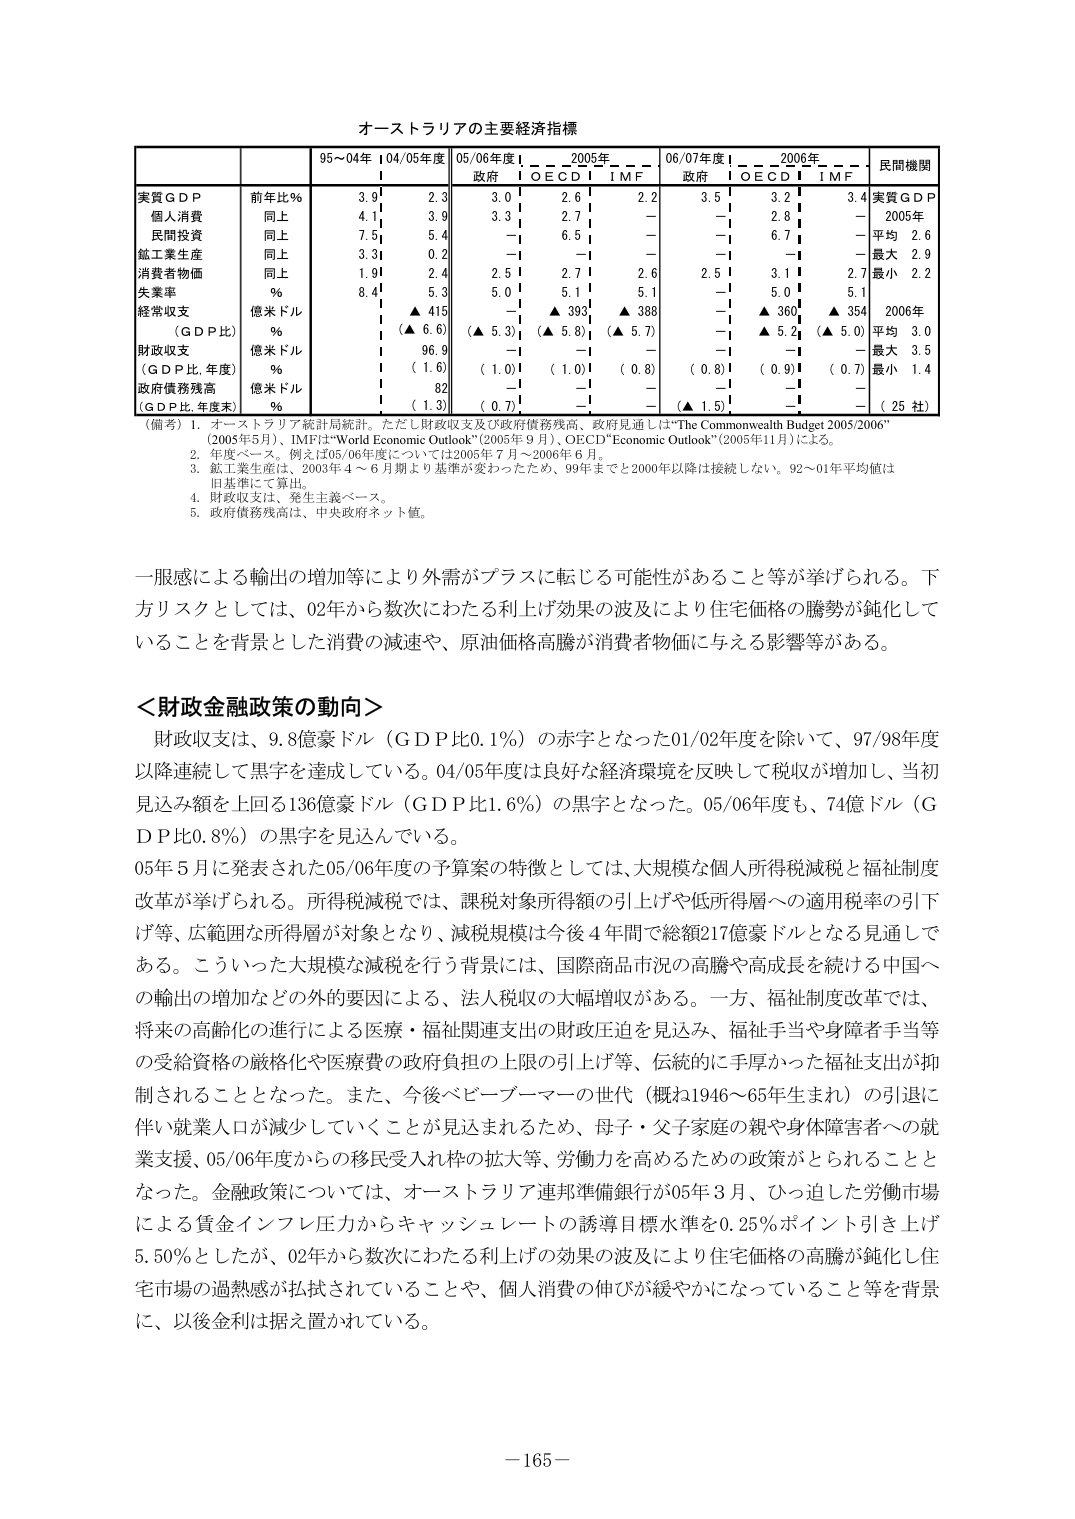
オーストラリアの主要経済指標

| | | 95～04年 | 04/05年度 | 05/06年度 | 2005年 | 06/07年度 | 2006年 | 民間機関 |
|---|---|---|---|---|---|---|---|---|
| | | | | 政府 | OECD | IMF | 政府 | OECD | IMF | |
| 実質GDP | 前年比% | 3.9 | 2.3 | 3.0 | 2.6 | 2.2 | 3.5 | 3.2 | 3.4 | 実質GDP |
| | | | | | | | | | | 2005年 |
| 個人消費 | 同上 | 4.1 | 3.9 | 3.3 | 2.7 | — | — | 2.8 | — | 平均 2.6 |
| 民間投資 | 同上 | 7.5 | 5.4 | — | 6.5 | — | — | 6.7 | — | 最大 2.9 |
| 鉱工業生産 | 同上 | 3.3 | 0.2 | — | — | — | — | — | — | 最小 2.2 |
| 消費者物価 | 同上 | 1.9 | 2.4 | 2.5 | 2.7 | 2.6 | 2.5 | 3.1 | 2.7 | |
| 失業率 | % | 8.4 | 5.3 | 5.0 | 5.1 | 5.1 | — | 5.0 | 5.1 | 2006年 |
| 経常収支 | 億米ドル | | ▲ 415 | — | ▲ 393 | ▲ 388 | — | ▲ 360 | ▲ 354 | 平均 3.0 |
| | (GDP比) | % | (▲ 6.6) | (▲ 5.3) | (▲ 5.8) | (▲ 5.7) | — | ▲ 5.2 | (▲ 5.0) | 最大 3.5 |
| 財政収支 | 億米ドル | | 96.9 | — | — | — | — | — | — | 最小 1.4 |
| | (GDP比, 年度) | % | (1.6) | (1.0) | (1.0) | (0.8) | (0.8) | (0.9) | (0.7) | |
| 政府債務残高 | 億米ドル | | 82 | — | — | — | — | — | — | (25社) |
| | (GDP比, 年度末) | % | (1.3) | (0.7) | — | — | (▲ 1.5) | — | — | |

（備考）1. オーストラリア統計局統計。ただし財政収支及び政府債務残高、政府見通しは“The Commonwealth Budget 2005/2006”（2005年5月）、IMFは“World Economic Outlook”（2005年9月）、OECD“Economic Outlook”（2005年11月）による。
2. 年度ベース。例えば05/06年度については2005年7月～2006年6月。
3. 鉱工業生産は、2003年4～6月期より基準が変わったため、99年までと2000年以降は接続しない。92～01年平均値は旧基準にて算出。
4. 財政収支は、発生主義ベース。
5. 政府債務残高は、中央政府ネット値。

一服感による輸出の増加等により外需がプラスに転じる可能性があること等が挙げられる。下方リスクとしては、02年から数次にわたる利上げ効果の波及により住宅価格の騰勢が鈍化していることを背景とした消費の減速や、原油価格高騰が消費者物価に与える影響等がある。

＜財政金融政策の動向＞
財政収支は、9.8億豪ドル（GDP比0.1%）の赤字となった01/02年度を除いて、97/98年度以降連続して黒字を達成している。04/05年度は良好な経済環境を反映して税収が増加し、当初見込み額を上回る136億豪ドル（GDP比1.6%）の黒字となった。05/06年度も、74億ドル（GDP比0.8%）の黒字を見込んでいる。

05年5月に発表された05/06年度の予算案の特徴としては、大規模な個人所得税減税と福祉制度改革が挙げられる。所得税減税では、課税対象所得額の引上げや低所得層への適用税率の引下げ等、広範囲な所得層が対象となり、減税規模は今後4年間で総額217億豪ドルとなる見通しである。こういった大規模な減税を行う背景には、国際商品市況の高騰や高成長を続ける中国への輸出の増加などの外的要因による、法人税収の大幅増収がある。一方、福祉制度改革では、将来の高齢化の進行による医療・福祉関連支出の財政圧迫を見込み、福祉手当や身障者手当等の受給資格の厳格化や医療費の政府負担の上限の引上げ等、伝統的に手厚かった福祉支出が抑制されることとなった。また、今後ベビーブーマーの世代（概ね1946～65年生まれ）の引退に伴い就業人口が減少していくことが見込まれるため、母子・父子家庭の親や身体障害者への就業支援、05/06年度からの移民受入れ枠の拡大等、労働力を高めるための政策がとられることとなった。金融政策については、オーストラリア連邦準備銀行が05年3月、ひっ迫した労働市場による賃金インフレ圧力からキャッシュレートの誘導目標水準を0.25％ポイント引き上げ5.50％としたが、02年から数次にわたる利上げの効果の波及により住宅価格の高騰が鈍化し住宅市場の過熱感が払拭されていることや、個人消費の伸びが緩やかになっていること等を背景に、以後金利は据え置かれている。

－165－